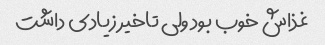
غذاش خوب بود ولی تاخیر زیادی داشت